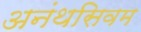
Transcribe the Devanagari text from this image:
अनंथसिवम